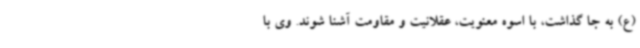
(ع) به جا گذاشت، با اسوه معنویت، عقلانیت و مقاومت آشنا شوند. وی با